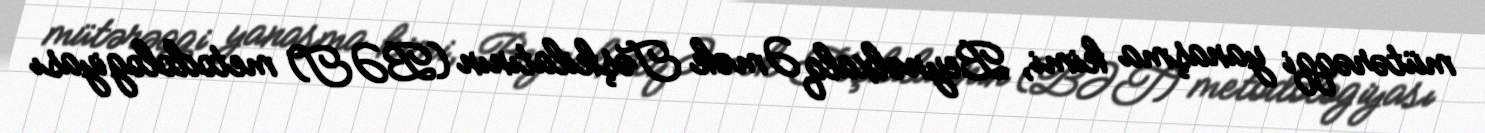
mütərəqqi yanaşma kimi, Beynəlxalq Əmək Təşkilatının (BƏT) metodologiyası